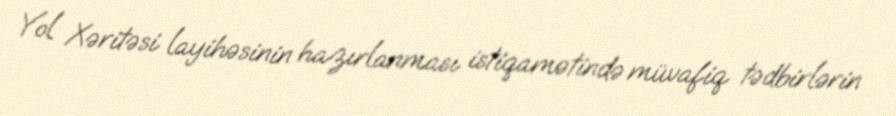
Yol Xəritəsi layihəsinin hazırlanması istiqamətində müvafiq tədbirlərin